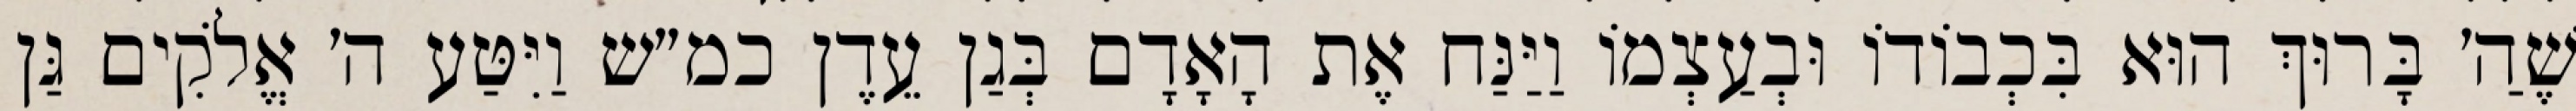
שֶׁהַ׳ בָּרוּךְ הוּא בִּכְבוֹדוֹ וּבְעַצְמוֹ וַיַּנַּח אֶת הָאָדָם בְּגַן עֵדֶן כמ״ש וַיִּטַּע ה׳ אֱלֹקִים גַּן